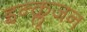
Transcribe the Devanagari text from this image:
इन्क्लूजन